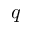
q